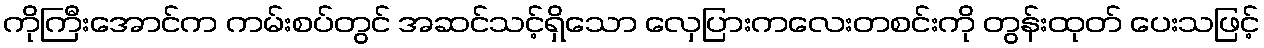
ကိုကြီးအောင်က ကမ်းစပ်တွင် အဆင်သင့်ရှိသော လှေပြားကလေးတစင်းကို တွန်းထုတ် ပေးသဖြင့်